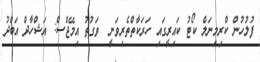
ފުލުހުން ކްރިމިނަލް ކޯޓު ކައިރީގައި ހަރަކާތްތެރިވަނީ  ވަގުތު އިމޭޖްސް: އަޝްހާދް އަބްދު